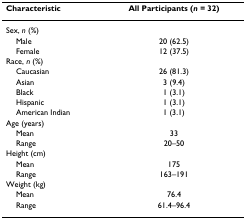
<table><thead><tr><td><b>Characteristic</b></td><td><b>All Participants (<i>n </i>= 32)</b></td></tr></thead><tbody><tr><td>Sex, <i>n </i>(%)</td><td></td></tr><tr><td> Male</td><td>20 (62.5)</td></tr><tr><td> Female</td><td>12 (37.5)</td></tr><tr><td>Race, <i>n </i>(%)</td><td></td></tr><tr><td> Caucasian</td><td>26 (81.3)</td></tr><tr><td> Asian</td><td>3 (9.4)</td></tr><tr><td> Black</td><td>1 (3.1)</td></tr><tr><td> Hispanic</td><td>1 (3.1)</td></tr><tr><td> American Indian</td><td>1 (3.1)</td></tr><tr><td>Age (years)</td><td></td></tr><tr><td> Mean</td><td>33</td></tr><tr><td> Range</td><td>20–50</td></tr><tr><td>Height (cm)</td><td></td></tr><tr><td> Mean</td><td>175</td></tr><tr><td> Range</td><td>163–191</td></tr><tr><td>Weight (kg)</td><td></td></tr><tr><td> Mean</td><td>76.4</td></tr><tr><td> Range</td><td>61.4–96.4</td></tr></tbody></table>